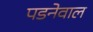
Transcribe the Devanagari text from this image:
पडनेवाल